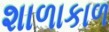
શાળાકાળ